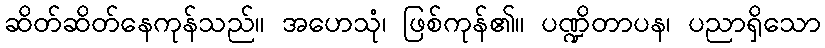
ဆိတ်ဆိတ်နေကုန်သည်။ အဟေသုံ၊ ဖြစ်ကုန်၏။ ပဏ္ဍိတာပန၊ ပညာရှိသော